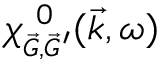
\chi _ { \scriptscriptstyle \vec { G } , \vec { G } ^ { \prime } } ^ { ~ 0 } ( \vec { k } , \omega )